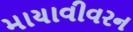
માયાવીવરન